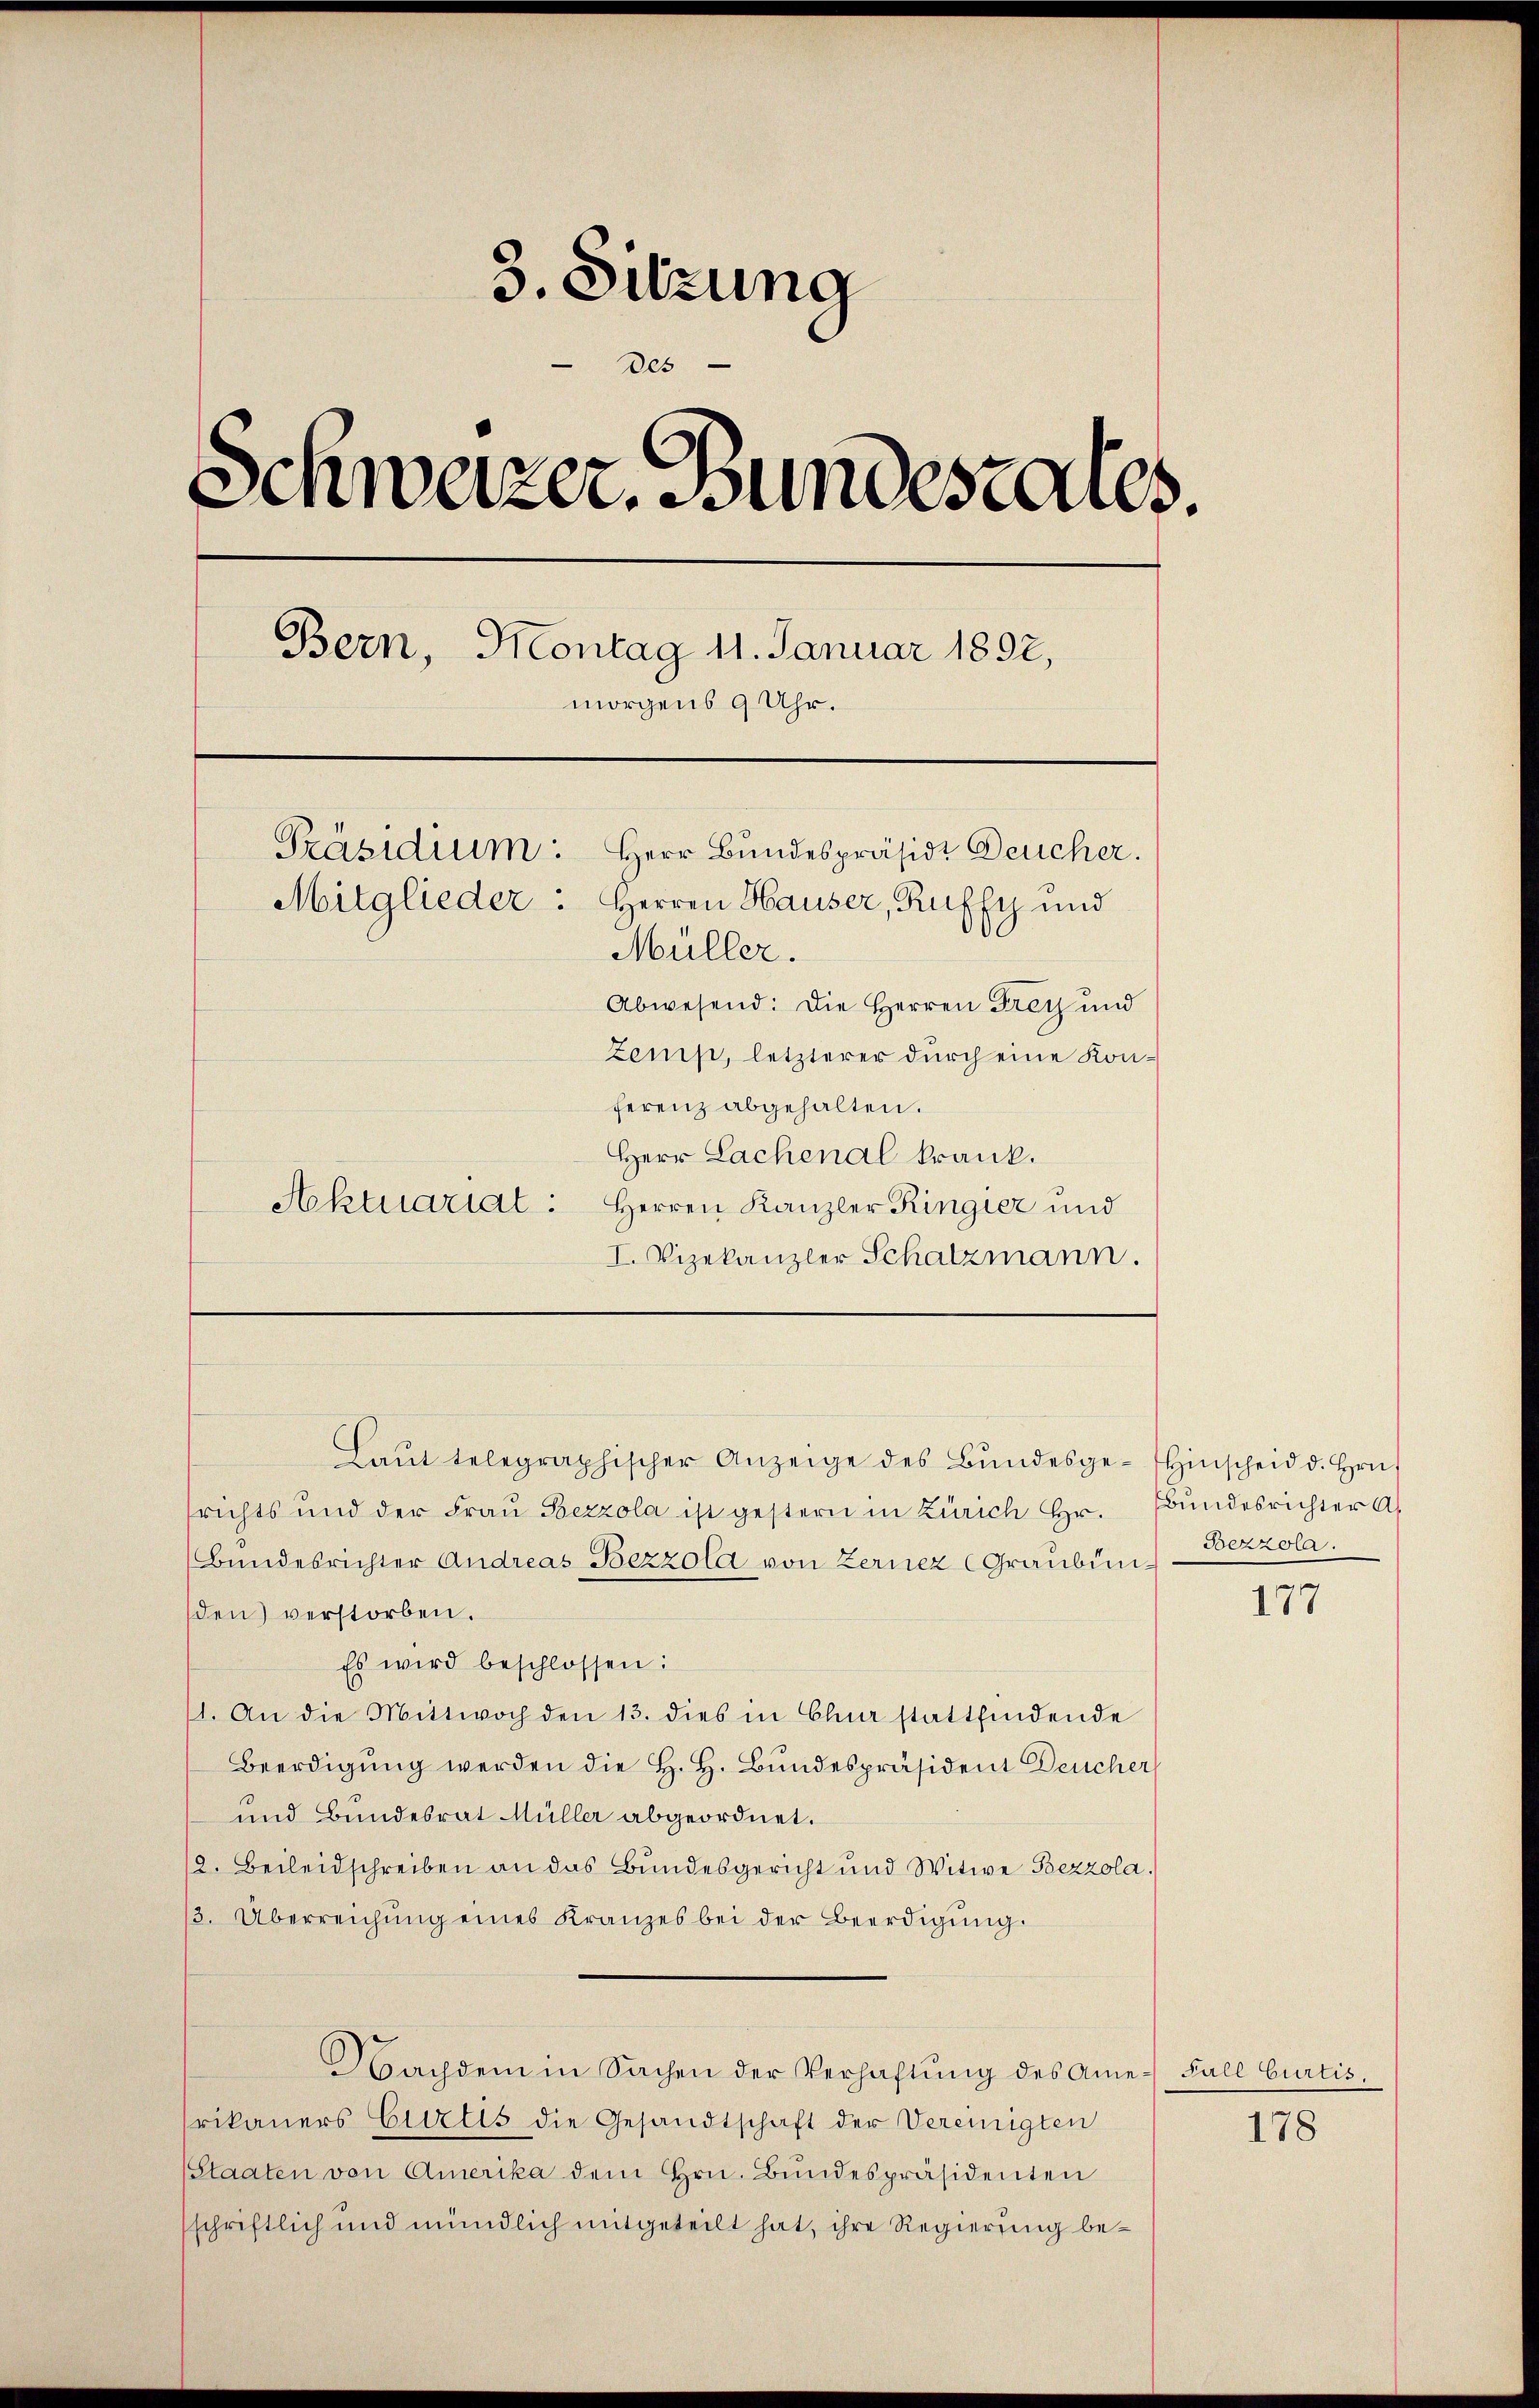
3. Sitzung
des
Schweizer, undesteres.
Bern, Montag 11. Januar 1892,
morgens 9 Uhr.
Präsidium: Herr Bundespräsidi Deucher.
Mitglieder. Herren Hauser, Ruffy und
Müller.
Abwesend: Die Herren Frey und
zenip, letzterer durch eine Konferenz abgehalten.

Herr Lachenal krank.
Aktuariat: Herren Kanzler Ringier und
I. Vizekanzler Schatzmann.

Laŭt telegraphischer Anzeige des Bŭndesge- Hinscheid d. Hrn.
frichts und der Frau Bezzola ist gestern in Zürich Hr. Bundesrichter A
Bundesrichter Andreas Bezzola von Zernez (Graubünden) verstorben.
Es wird beschlossen:
11. An die Mittwoch den 13. dies in Olna stattfindende
Beerdigung werden die H. H. Bundespräsident Deucher
und Bundesrat Müller abgeordnet.
12. Beileidschreiben an das Bundesgericht und Witwe Bezzola.
3. Überreichŭng eines Kranzes bei der Beerdigŭng.
Nachdem in Sachen der Verhaftŭng des Ame- Fall Curtis,
frikaners Curtis die Gesandtschaft der Vereinigten
Staaten von Amerika dem Hrn. Bundespräsidenten
sschriftlich und mündlich mitgeteilt hat, ihre Regierung be¬

Bezzola.

177

178